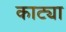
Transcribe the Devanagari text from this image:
काट्या